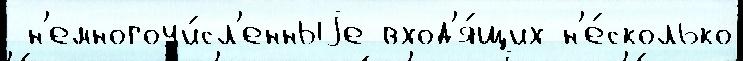
 н'емногочи́сл'енныjе вход'я́щих н'е́сколько